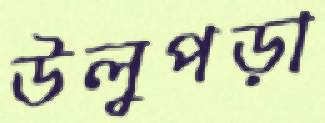
উলুপড়া